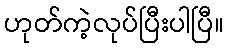
ဟုတ်ကဲ့လုပ်ပြီးပါပြီ။